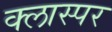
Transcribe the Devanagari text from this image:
क्लास्पर